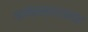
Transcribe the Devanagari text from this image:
ग्लोसस्टरशायर